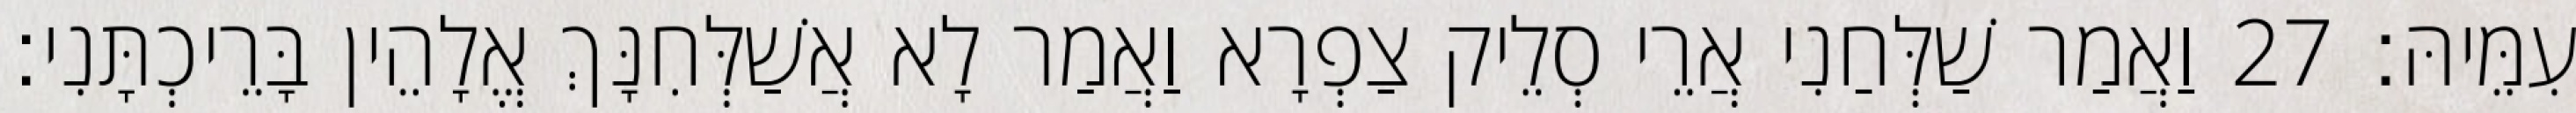
עִמֵּיהּ׃ 27 וַאֲמַר שַׁלְּחַנִי אֲרֵי סְלֵיק צַפְרָא וַאֲמַר לָא אֲשַׁלְּחִנָּךְ אֱלָהֵין בָּרֵיכְתָּנִי׃